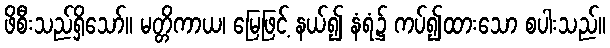
ဖိစီးသည်ရှိသော်။ မတ္တိကာယ၊ မြေဖြင့် နယ်၍ နံရံ၌ ကပ်၍ထားသော စပါးသည်။